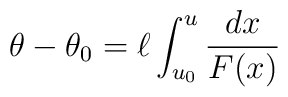
\theta - \theta_0 = \ell \int_{u_{0}}^u  \frac{dx}{F(x)}